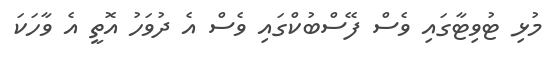
މުޅި ޓުވިޓާގައި ވެސް ފޭސްބުކްގައި ވެސް އެ ދުވަހު އޮތީ އެ ވާހަކަ